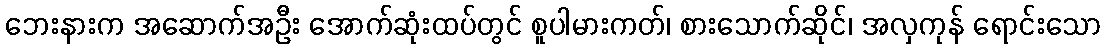
ဘေးနားက အဆောက်အဦး အောက်ဆုံးထပ်တွင် စူပါမားကတ်၊ စားသောက်ဆိုင်၊ အလှကုန် ရောင်းသော